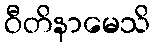
ဝီတိနာမေသိ